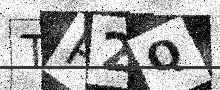
Text: TP2Q